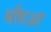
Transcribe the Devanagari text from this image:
भौरुआ